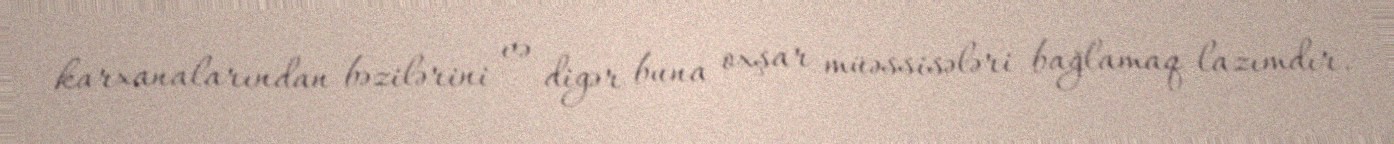
karxanalarından bəzilərini və digər buna oxşar müəssisələri bağlamaq lazımdır.